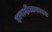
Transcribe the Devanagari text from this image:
इत्यादीआवश्यक